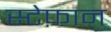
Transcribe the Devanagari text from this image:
स्टेफ़ान